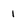
Character: I